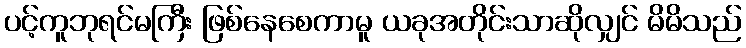
ပင့်ကူဘုရင်မကြီး ဖြစ်နေစေကာမူ ယခုအတိုင်းသာဆိုလျှင် မိမိသည်